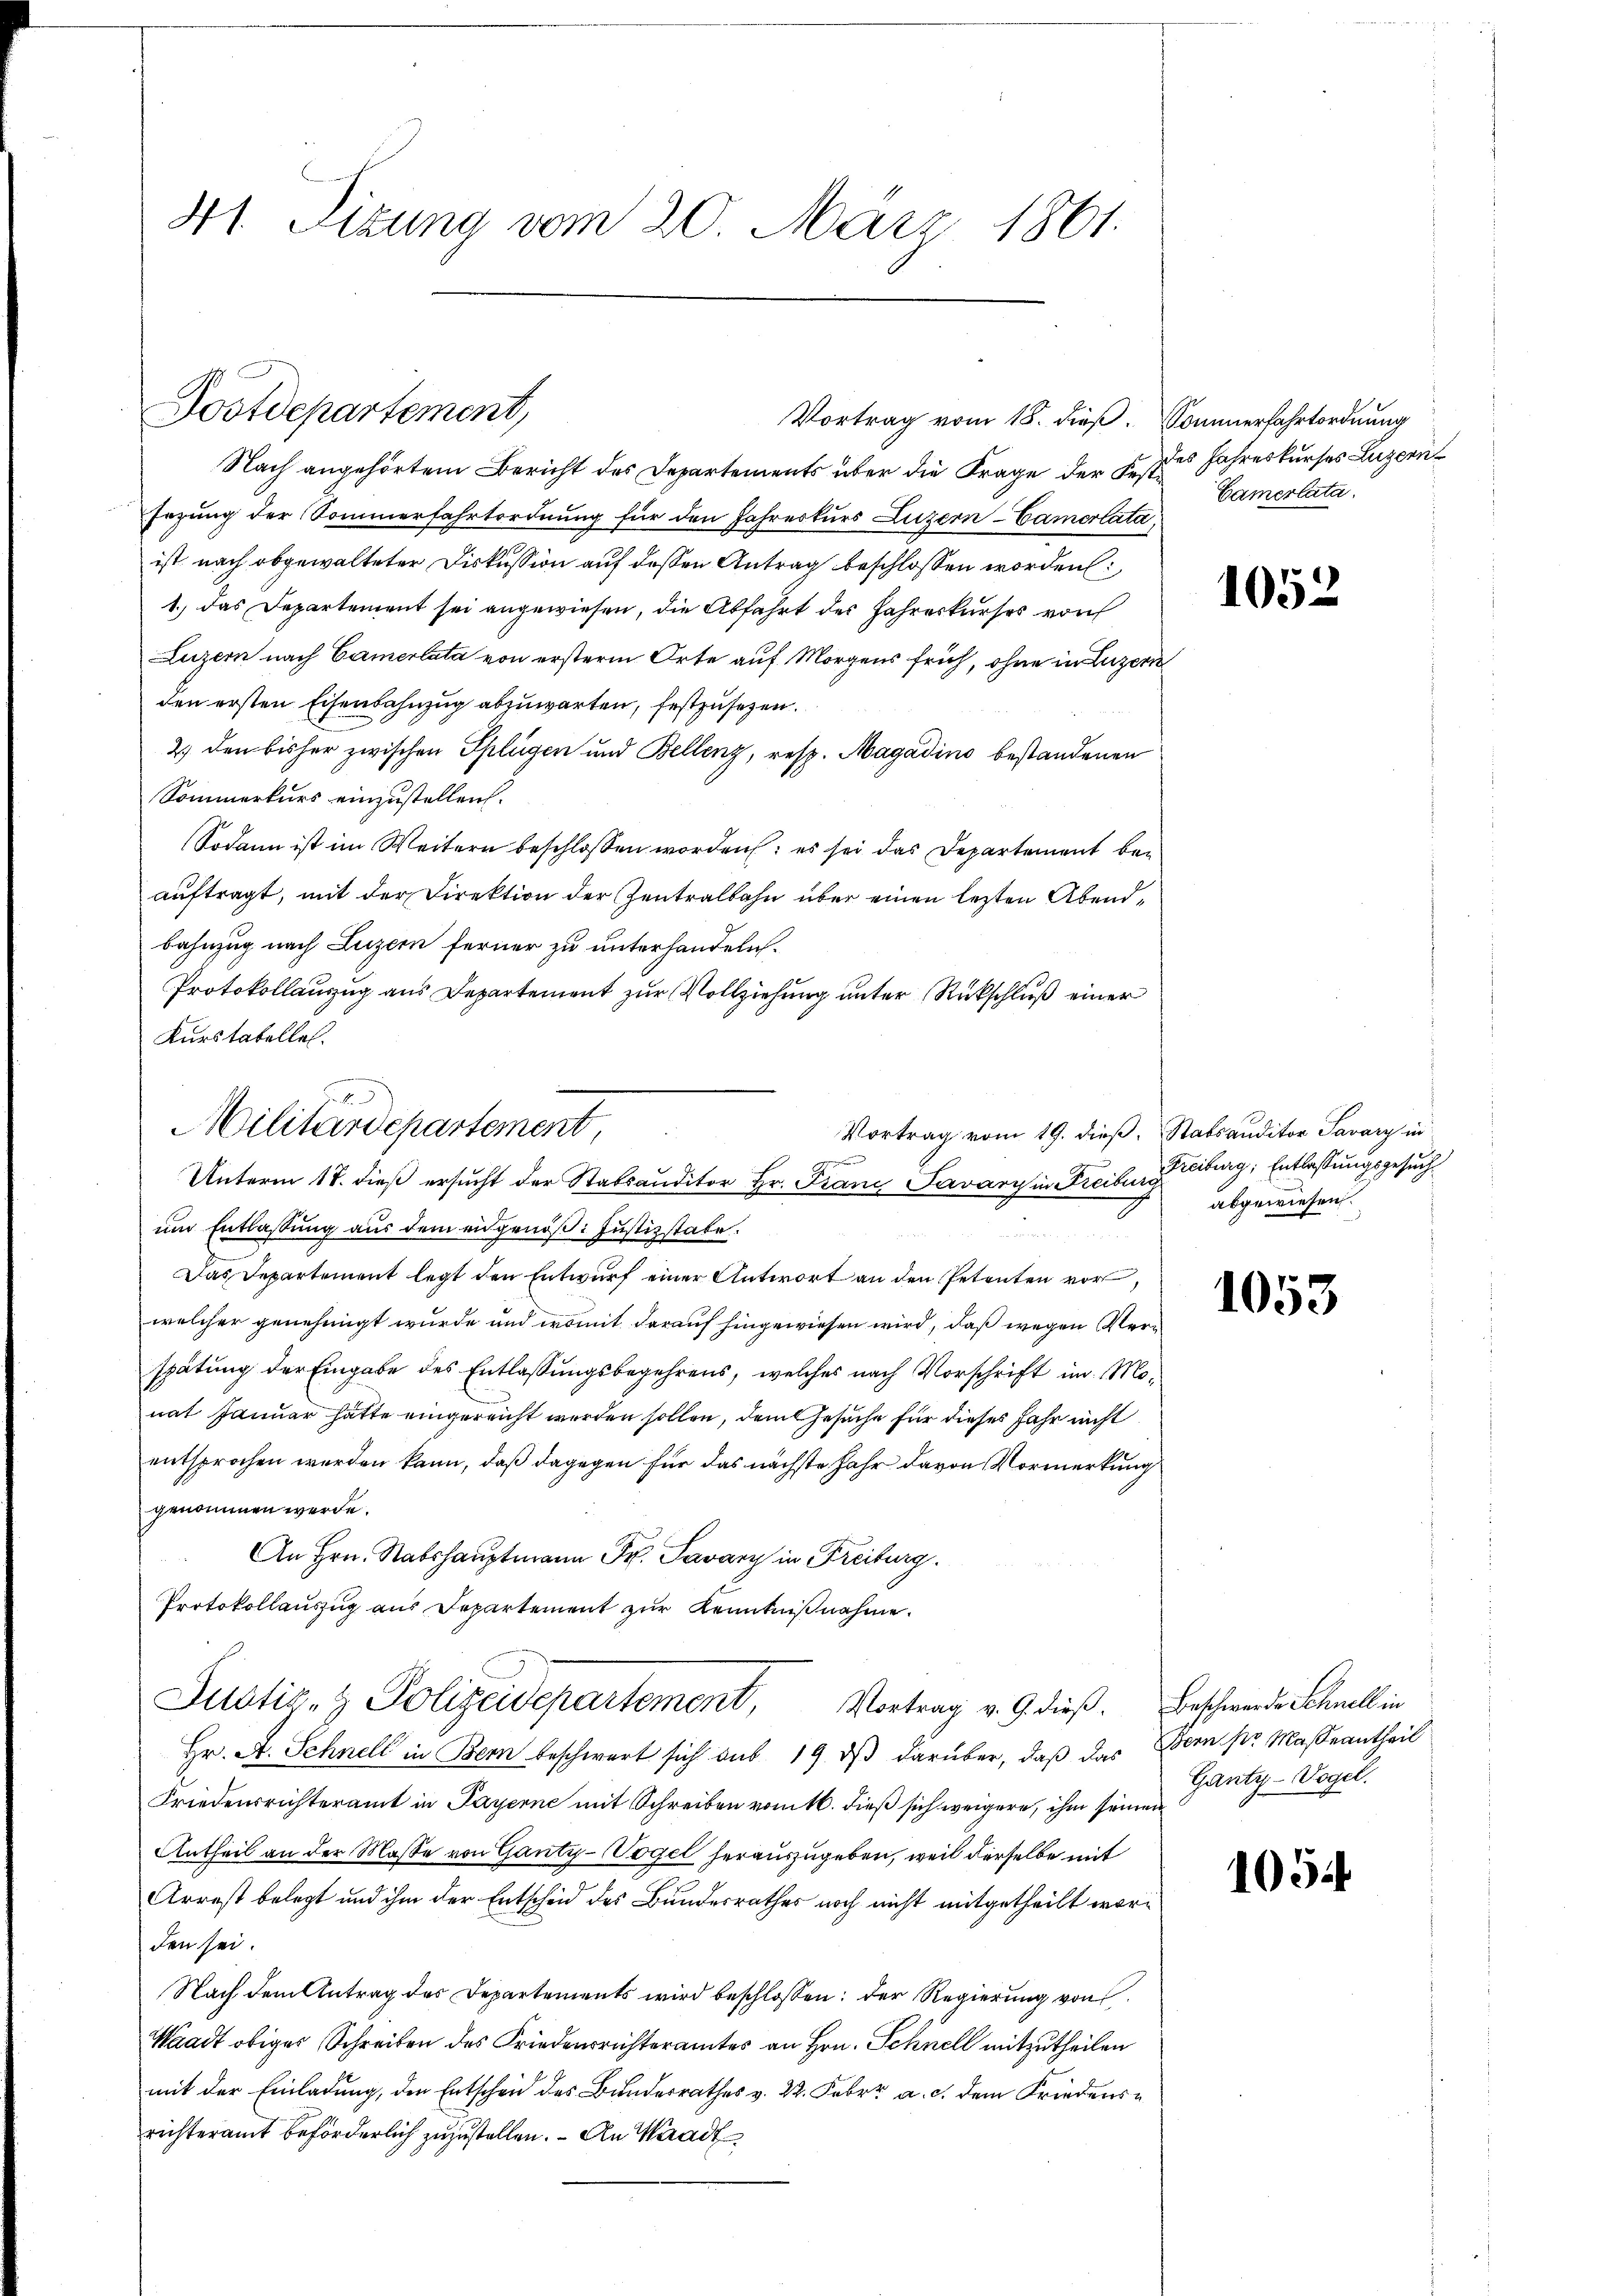
41. Sizung vom 20. März 1861.

Postdepartement,

c
Militärdepartement,
e
Unterm 18. dieß ersucht der Stabsauditor Hr. Franz Lavány in Freibung burg, Entlassungsgesuch

Vortrag vom 18. dieß. Sommerfahrtordnung

Nach angehörtem Bericht des Departements über die Frage der Festes Jahreskurses Luzern
sezung der Sommerfahrtordnung für den Jahreskurs Luzern Camerlata,
ist nach abgewalteter Diskussion auf deßen Antrag beschlossen worden:
1.) Das Departement sei angewiesen, die Abfahrt des Jahreskurses von
Luzern nach Camerlata von ersterm Orte auf Morgens früh, ohne in Luzern
den ersten Eisenbahnzug abzuwarten, festzusetzen.
2.) den bisher zwischen Splügen und Bellenz, resp. Magadino bestandenen
Sommerkurs einzustellen.
Sodann ist im Weitern beschlossen worden; es sei das Departement bei
auftragt, mit der Direktion der Zentralbahn über einen lezten Abendbahnzug nach Luzern ferner zu unterhandeln.
Protokollauszug aus Departement zur Vollziehung unter Rückschluß einer
Kurstatelles.
Vortrag vom 19. dieß. Stabsauditor Savary in
um Entlassung aus dem eidgenöß: Justizstabe.
Das Departement legt den Entwurf einer Antwort an den Petenten vor,
welcher genehmigt wurde und womit darauf hingewiesen wird, daß wegen Verspätung der Eingabe des Entlassungsbegehrens, welches nach Vorschrift im Monat Januar hatte eingereicht werden sollen, dem Gesuche für dieses Jahr nicht
entsprochen werden kann, daß dagegen für das nächste Jahr davon Vormerkung
genommen werde.
An Hrn. Stabshauptmann Fr. Savary in Freiburg.
Protokollauszug aus Departement zŭr Kenntniβnahme.
Justiz- & Polizeidepartement, Vortrag v. 9. dieβ. Beschwerde Chmell in
Hr. A. Schnell in Bern beschwert sich aus 19. ds darüber, daß das
Friedensrichteramt in Payerne mit Schreiben vom 16. dieß sich weigere, ihm seinen
Antheil an der Masse von Ganty-Vogel herauszugeben, weil derselbe mit
Arrest belegt und ihm der Entscheid des Bundesrathes noch nicht mitgetheilt worden sei.
Nach dem Antrag des Departements wird beschlossen: der Regierung von
Waadt obiger Schreiben des Friedensrichteramtes an Hrn. Schnell mitzutheilen
mit der Einladung, die Entscheid des Bundesrathes v. 22. Febr. a. c. dem Friedensrichteramt beförderlich zuzustellen. – An Waadt

Camerlata.

1052.

abgewiesen.

1053

Bern sr Maße antheil
Ganty-Vogel.

1054